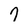
Character: 7